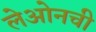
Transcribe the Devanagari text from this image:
लेओनची